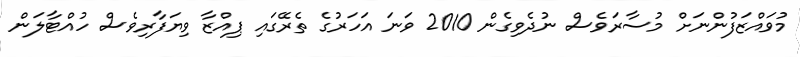
މުވައްޒަފުންނަށް މުސާރަވެސް ނުދެވިގެން 2010 ވަނަ އަހަރުގެ ތެރޭގައި ޕިއްޒާ ވިޔަފާރިވެސް ހުއްޓާލަން